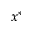
x ^ { * }